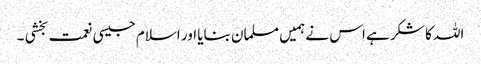
اللہ کا شکر ہے اس نے ہمیں مسلمان بنایا اور اسلام جیسی نعمت بخشی ۔